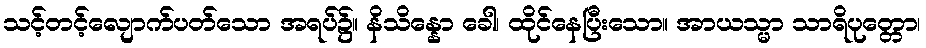
သင့်တင့်လျောက်ပတ်သော အရပ်၌။ နိသိန္နော ခေါ၊ ထိုင်နေပြီးသော။ အာယသ္မာ သာရိပုတ္တော၊